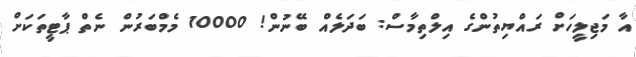
އާ މަޖިލީހަށް ރައްޔިތުންގެ އިލްތިމާސް: ބަދަލެއް ބޭނުން! 10000 މެމްބަރުން ނެތް ޕާޓީތަކަށް